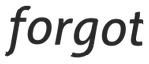
forgot